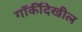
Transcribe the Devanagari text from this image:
गॉर्कीदेखील